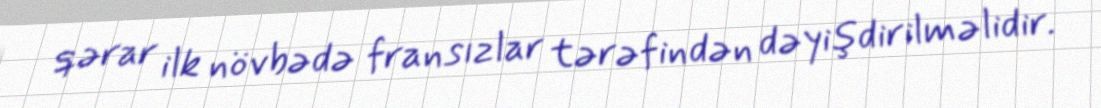
qərar ilk növbədə fransızlar tərəfindən dəyişdirilməlidir.